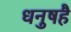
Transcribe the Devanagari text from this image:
धनुषहै